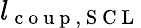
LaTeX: l_{\mathrm{~c~o~u~p~,~S~C~L~}}